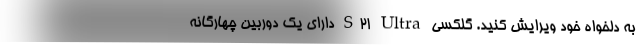
به دلخواه خود ویرایش کنید. گلکسی S21 Ultra دارای یک دوربین چهارگانه